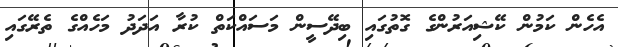
އެހެން ކަމުން ކޭޝިއަރުންގެ ގޮތުގައި ބިދޭސީން މަސައްކަތް ކުރާ އަދަދު މަހެއްގެ ތެރޭގައި